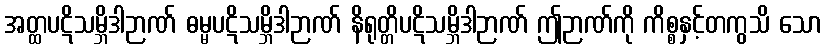
အတ္ထပဋိသမ္ဘိဒါဉာဏ် ဓမ္မပဋိသမ္ဘိဒါဉာဏ် နိရုတ္တိပဋိသမ္ဘိဒါဉာဏ် ဤဉာဏ်ကို ကိစ္စနှင့်တကွသိ သော